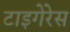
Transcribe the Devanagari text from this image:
टाइगेरेस